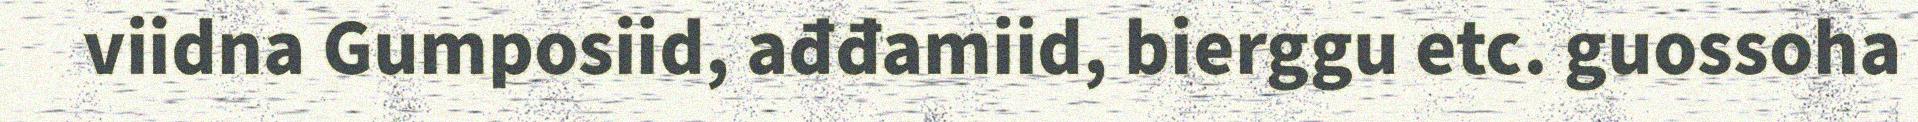
viidna Gumposiid, ađđamiid, bierggu etc. guossoha